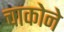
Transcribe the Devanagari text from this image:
चाकोने